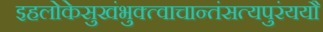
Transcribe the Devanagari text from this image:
इहलोकेसुखंभुक्त्वाचान्तंसत्यपुरंययौ